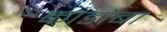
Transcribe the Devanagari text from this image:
कार्डोबा